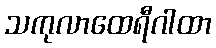
သကုလာထေရီဂါထာ